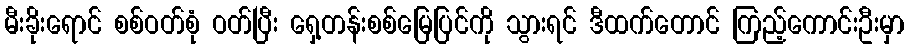
မီးခိုးရောင် စစ်ဝတ်စုံ ဝတ်ပြီး ရှေ့တန်းစစ်မြေပြင်ကို သွားရင် ဒီထက်တောင် ကြည့်ကောင်းဦးမှာ